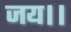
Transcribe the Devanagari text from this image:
जय।।